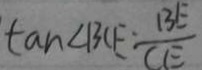
\tan \angle B C E - \frac { B E } { C E }